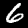
Label: 6